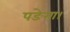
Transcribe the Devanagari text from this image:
पङेगा।